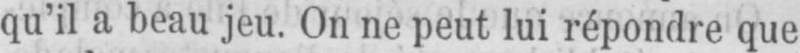
qu’il a beau jeu. On ne peut lui répondre que